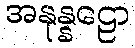
အနုန္နဠော